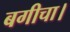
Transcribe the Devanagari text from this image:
बगीचा।